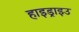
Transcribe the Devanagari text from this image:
हाइड्राइउ